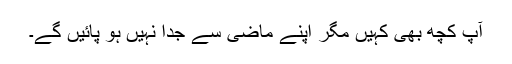
آپ کچھ بھی کہیں مگر اپنے ماضی سے جدا نہیں ہو پائیں گے۔